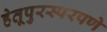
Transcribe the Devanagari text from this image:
हेतूपुरस्परपणे